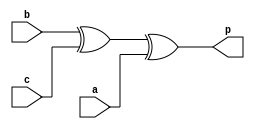
module pari_gen_odd
  (input a,b,c,
   output p);
  
  wire x;
      
  xor r1(x,b,c);
  xor r2(p,x,a);
endmodule